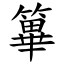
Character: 篳